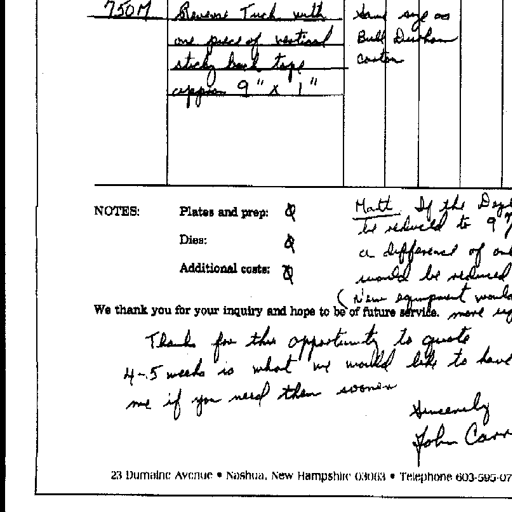
750M | Reverse Tuck with one piece of vertical sticky back tape approx 9" x 1" | Same size as Bull Durham carton

NOTES: Plates and prep: Q
Dies: Q
Additional costs: Q

Matt If the Depth be reduced to 9" (a difference of only 1/4") would be reduced (new equipment would more efficiently

We thank you for your inquiry and hope to be of future service.

Thanks for this opportunity to quote 4-5 weeks is what we would like to have me if you need them sooner

Sincerely John Carr

23 Dumaine Avenue • Nashua, New Hampshire 03063 • Telephone 603-595-07